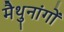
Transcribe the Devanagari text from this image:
मैथुनांगों